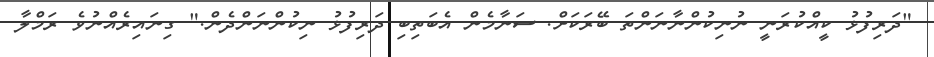
"ދަރިފުޅު ކީއްކުރަނީ ނުނިކުންނާނަންތަ ބޭރަކަށް. ސަނާމެން އެބަތިބި ދަރިފުޅު ނިކުންނަންދެން." ގިނައިރެއްނުވެ ރަމްލާ